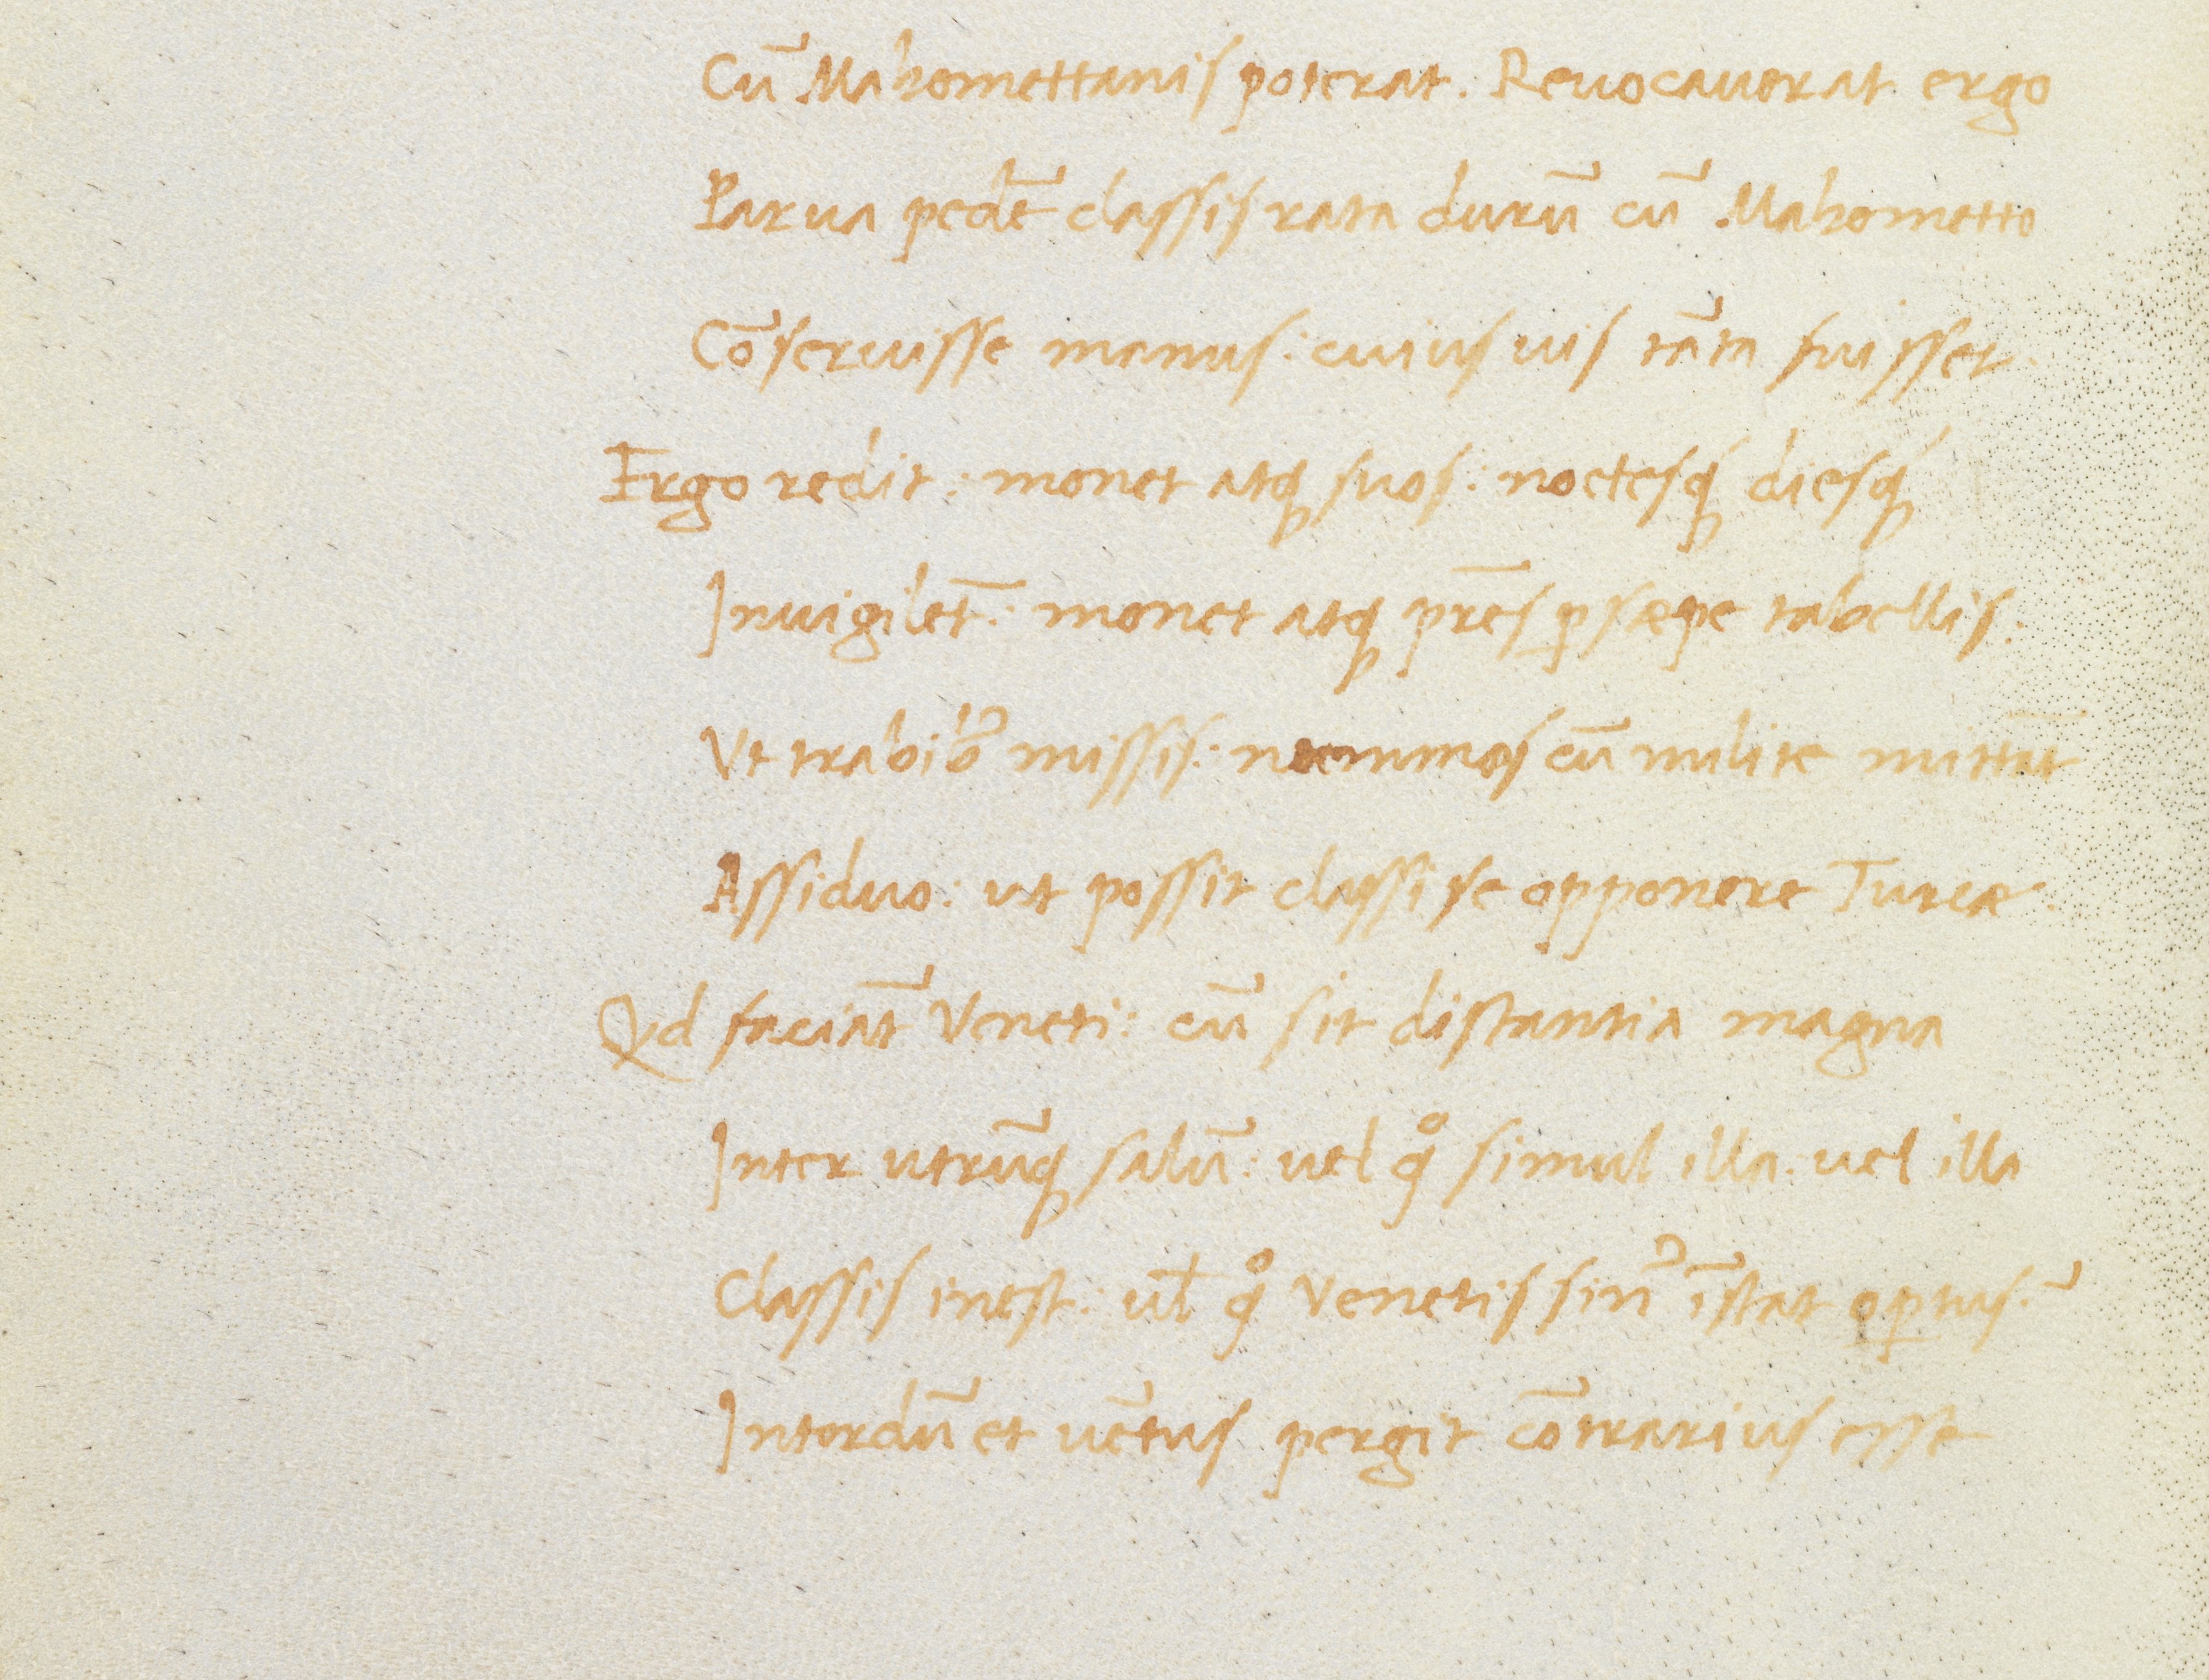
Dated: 1470–1499